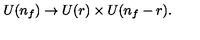
U ( n _ { f } ) \rightarrow U ( r ) \times U ( n _ { f } - r ) .